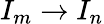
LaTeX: I_{m}\to I_{n}